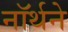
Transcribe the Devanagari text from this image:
नॉर्थने